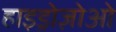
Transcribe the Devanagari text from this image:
हाइड्रोज़ोओ